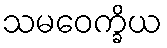
သမဝေက္ခိယ